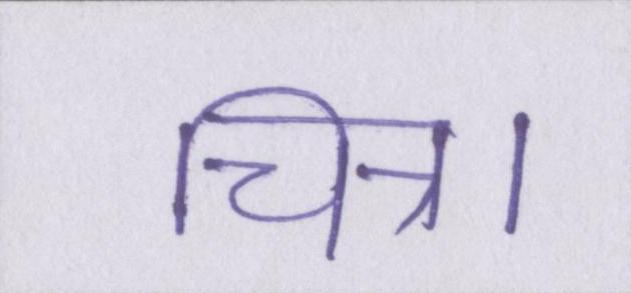
चित्र।